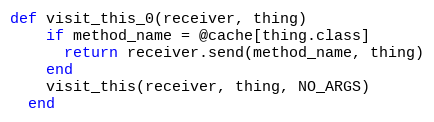
Language: Ruby
def visit_this_0(receiver, thing)
    if method_name = @cache[thing.class]
      return receiver.send(method_name, thing)
    end
    visit_this(receiver, thing, NO_ARGS)
  end